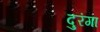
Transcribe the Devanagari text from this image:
दुरंगा